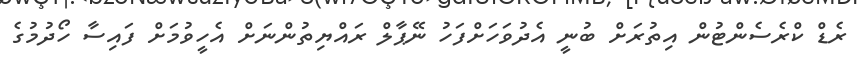
ރެޑް ކްރެސެންޓުން އިތުރަށް ބުނީ އެދުވަހަށްފަހު ނޭޕާލް ރައްޔިތުންނަށް އެހީވުމަށް ފައިސާ ހޯދުމުގެ